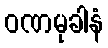
ဝဏမုခါနံ